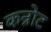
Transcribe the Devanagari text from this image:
कन्नोट